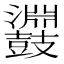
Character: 鼝